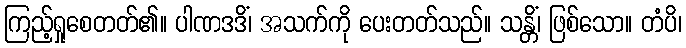
ကြည့်ရှုစေတတ်၏။ ပါဏဒဒိံ၊ အသက်ကို ပေးတတ်သည်။ သန္တိံ၊ ဖြစ်သော။ တံပိ၊